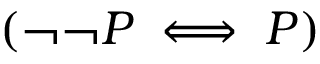
( \neg \neg P \iff P )